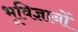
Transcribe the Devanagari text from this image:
भूविज्ञानों